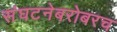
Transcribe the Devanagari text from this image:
संघटनेबरोबरच